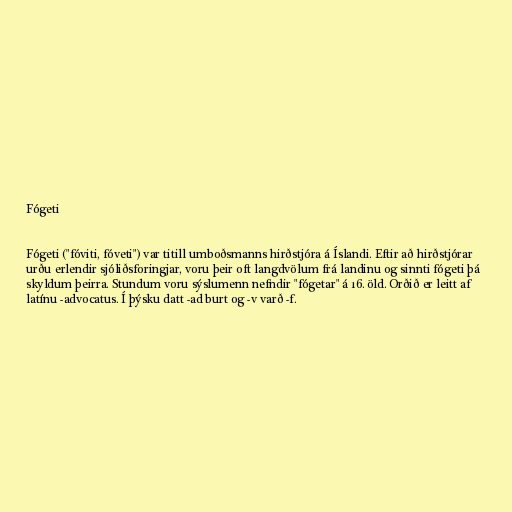
Fógeti

Fógeti ("fóviti, fóveti") var titill umboðsmanns hirðstjóra á Íslandi. Eftir að hirðstjórar
urðu erlendir sjóliðsforingjar, voru þeir oft langdvölum frá landinu og sinnti fógeti þá
skyldum þeirra. Stundum voru sýslumenn nefndir "fógetar" á 16. öld. Orðið er leitt af
latínu -advocatus. Í þýsku datt -ad burt og -v varð -f.